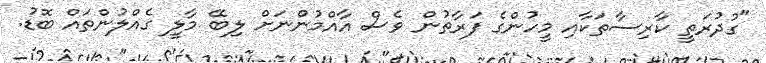
"ގުދުރަތީ ކާރިސާތަކާއި މީހުންގެ ފަރާތުން ވެސް އާއްމުންނަށް ލިބޭ މާލީ ގެއްލުންތައް ބޮޑު.